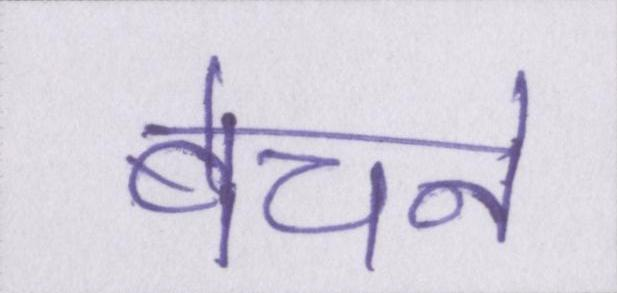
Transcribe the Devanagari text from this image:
बेचने